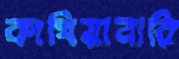
কাথিয়াবারি